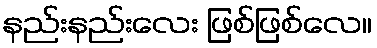
နည်းနည်းလေး ဖြစ်ဖြစ်လေ။